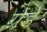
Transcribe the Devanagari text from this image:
ग्रेंडे